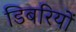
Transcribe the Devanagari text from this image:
डिबरियों